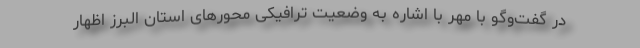
در گفت‌وگو با مهر با اشاره به وضعیت ترافیکی محورهای استان البرز اظهار